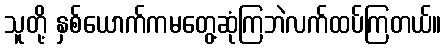
သူတို့ နှစ်ယောက်ကမတွေ့ဆုံကြဘဲလက်ထပ်ကြတယ်။